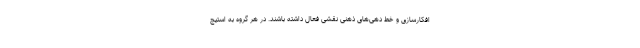
افکارسازی و خط دهی‌های ذهنی نقشی فعال داشته باشند. در هر گروه به استیچ